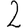
Digit: 2